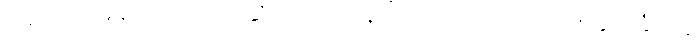
ဒါကြောင့်မို့ မိတ်ကပ်တို့၊ ဆံပင်တုတို့၊ ရင်တုတို့၊ တင်တုတို့ အခုအခံတွေ